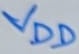
Text: VDD